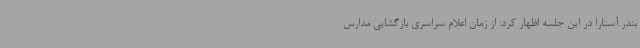
بندر آستارا در این جلسه اظهار کرد: از زمان اعلام سراسری بازگشایی مدارس